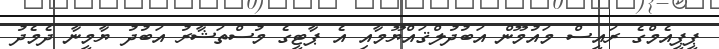
ޕީޕީއެމްގެ ރައީސް މައުމޫން އަބުދުލްޤައްޔޫމާއި އެ ޕާޓީގެ މުސްތަޝާރު އަބުދު ޔާމީނާ ދެމެދު